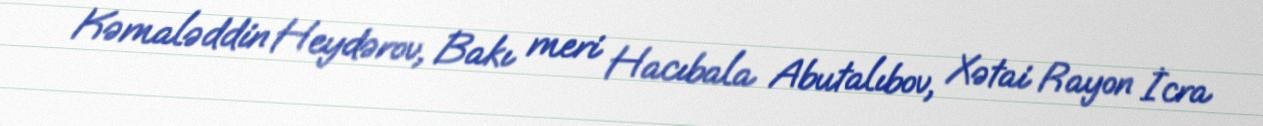
Kəmaləddin Heydərov, Bakı meri Hacıbala Abutalıbov, Xətai Rayon İcra